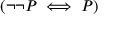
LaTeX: ( \neg \neg P \iff P )